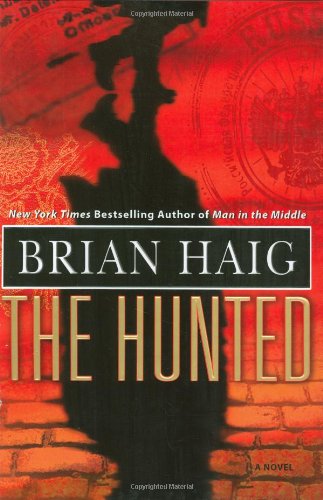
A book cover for The Hunted; Brian Haig; Mystery, Thriller & Suspense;